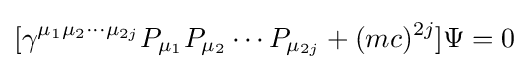
[\gamma ^{\mu _{1}\mu _{2}\cdots \mu _{2j}}P_{\mu _{1}}P_{\mu _{2}}\cdots P_{\mu _{2j}}+(mc)^{2j}]\Psi =0